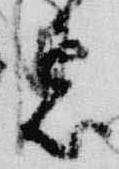
忌